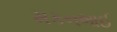
મકનભાઈ